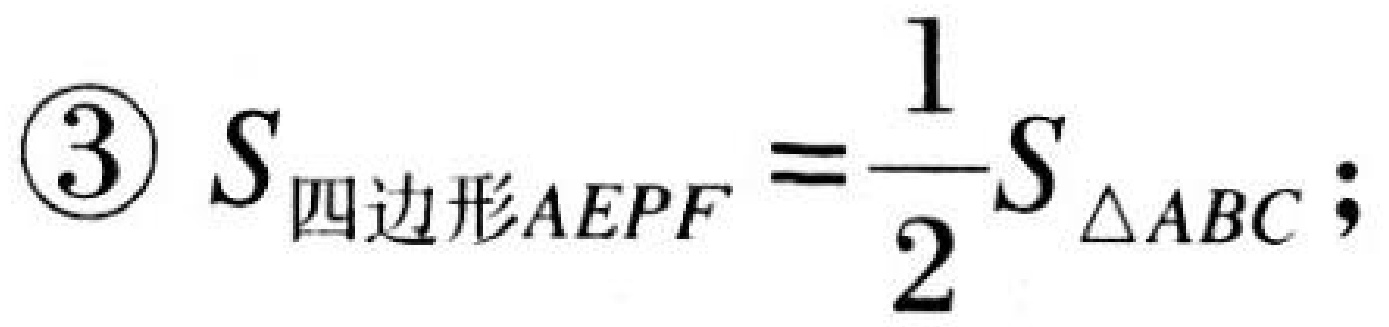
$\textcircled{3} \ S_{四边形AEPF}=\dfrac{1}{2}S_{\triangle ABC};$